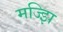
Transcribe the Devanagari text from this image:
मज्झि